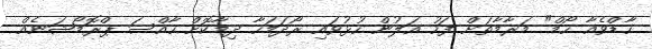
ހާޑްވެއާ ހޯމް" މަރާމާތަށް ފަހު އަލުން ހުޅުވައި ރޯދަމަހާ ދިމާކޮށް ހާއްސަ ޕްރޮމޯޝަނެއް